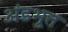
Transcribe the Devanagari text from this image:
अंडभूत